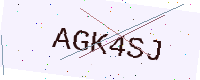
Text: AGK4SJ